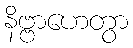
နိဗ္ဗာဟေတွာ